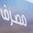
مضرف